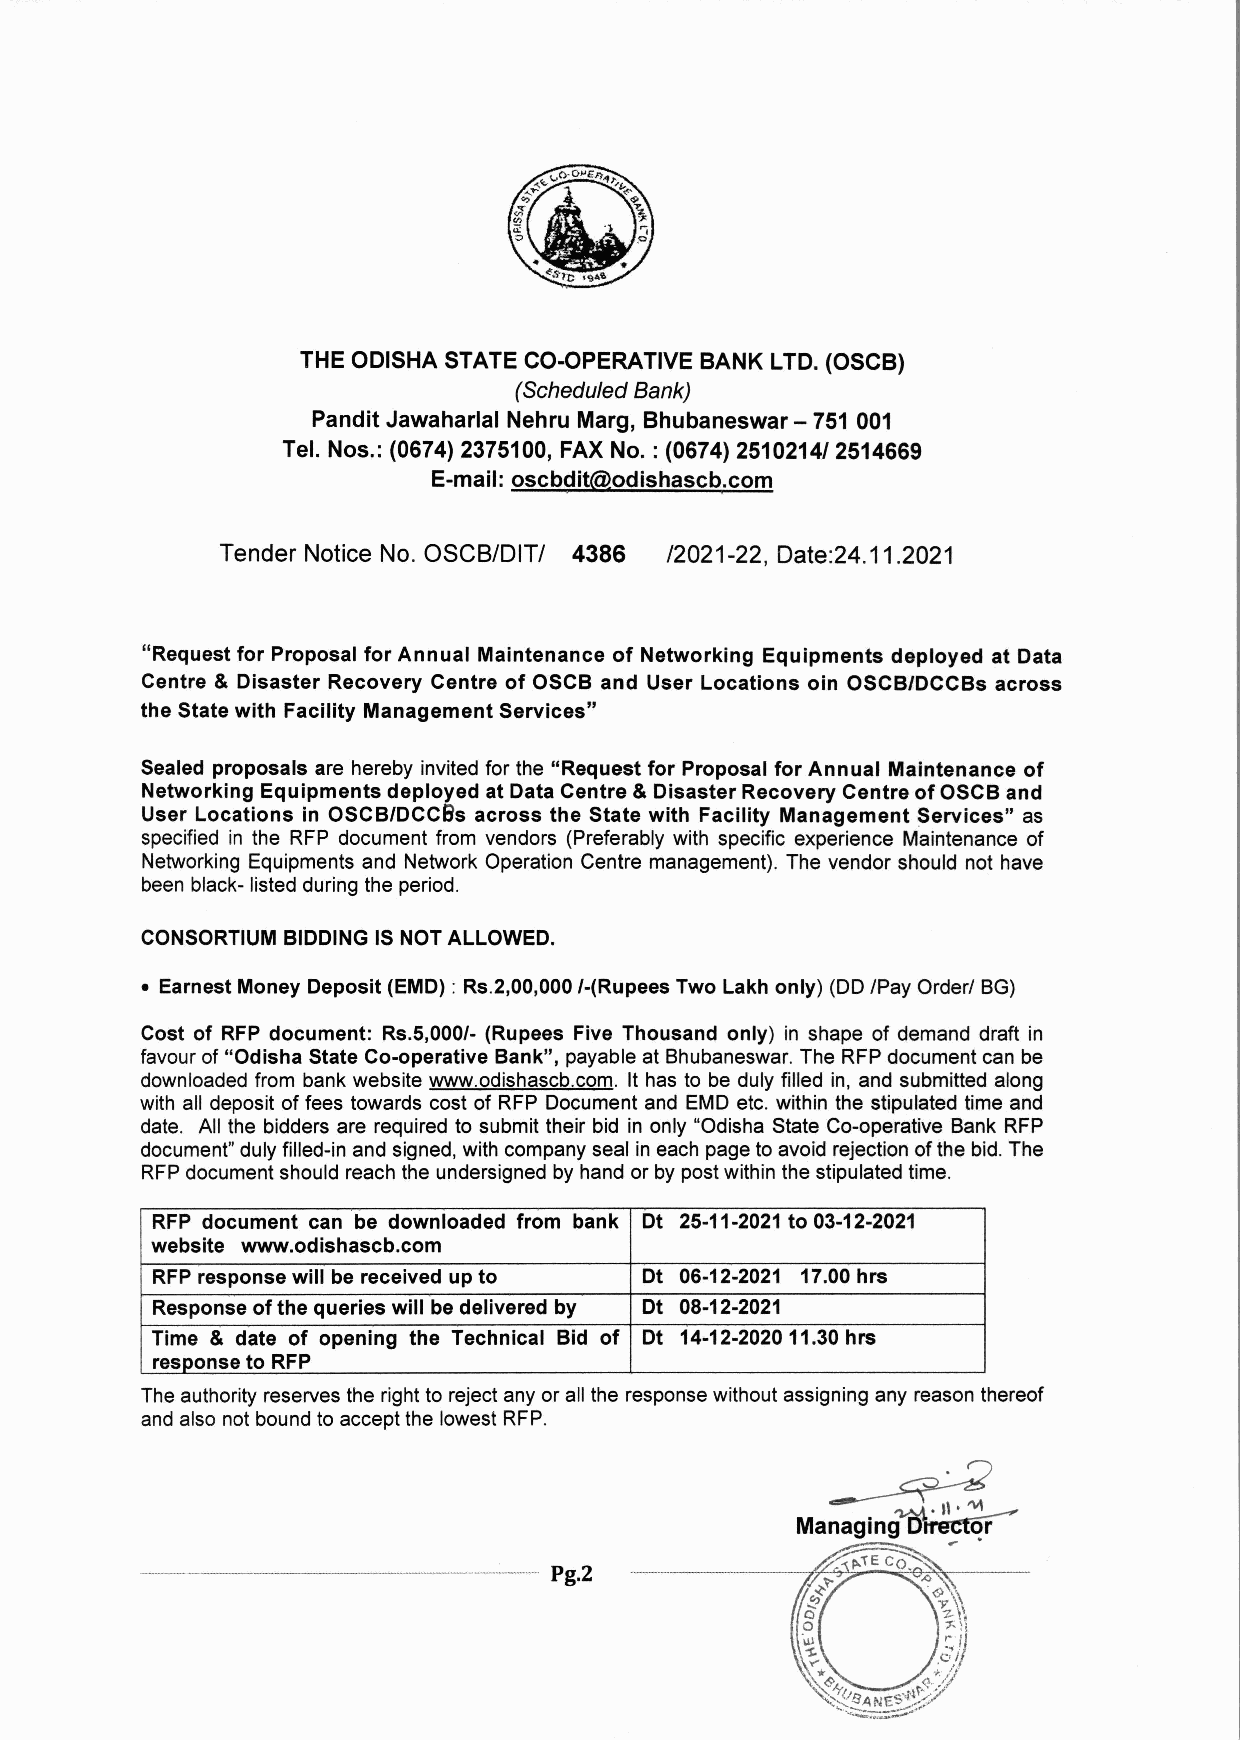
THEODISHASTATECO-OPERATIVEBANK LTD.(OSCB)
 (Scheduled Bank)
 Pandit Jawaharlal Nehru Marg, Bhubaneswar - 751001
 Tel. Nos.: (0674)2375100,FAXNo. :(0674)2510214/2514669
 E-mail: oscbdit@odishascb.com
 Tender Notice No. OSCB/OITI 4386 12021-22, Oate:24.11.2021
 "Request for Proposal for Annual Maintenance of Networking Equipments deployed at Data
 Centre & Disaster Recovery Centre of OSCB and User Locations oin OSCB/DCCBs across
 the State with Facility Management Services"
 Sealedproposals are herebyinvitedforthe "Request for Proposal for Annual Maintenance of
 Networking Equipments deployed at DataCentre & Disaster Recovery Centre of OSCB and
 User Locations in OSCB/DCcBs across the State with Facility Management Services" as
 specifiedin the RFP documentfrom vendors (Preferablywith specific experience Maintenanceof
 NetworkingEquipmentsand NetworkOperationCentremanagement).Thevendor shouldnot have
 beenblack-listedduringtheperiod.
 CONSORTIUMBIDDINGISNOTALLOWED.
 • Earnest Money Deposit (EMD):RS.2,00,000I-(Rupees Two Lakh only) (DDIPayOrderl BG)
 Cost of RFPdocument: Rs.5,000/- (Rupees Five Thousand only) in shape of demand draft in
 favourof"Odisha State Co-operative Bank", payableatBhubaneswar.TheRFPdocumentcanbe
 downloadedfrom bankwebsitewww.odishascb.com.It hasto bedulyfilled in,andsubmittedalong
 withalldepositoffeestowardscost of RFPDocumentand EMDetc.within the stipulatedtimeand
 date. All the biddersare requiredto submittheir bid inonly"OdishaStateCo-operativeBankRFP
 document"dulyfilled-inandsigned,withcompanysealineachpagetoavoidrejectionofthebid.The
 RFPdocumentshouldreachtheundersignedbyhandorbypostwithinthestipulatedtime.
 RFP document can be downloaded from bank Dt 25-11-2021to 03-12-2021
 website www.odishascb.com
 RFPresponse will be received upto Dt 06-12-2021 17.00hrs
 Response of the queries will bedelivered by Dt 08-12-2021
 Time & date of opening the Technical Bid of Dt 14-12-202011.30hrs
 response to RFP
 Theauthorityreservestherighttorejectanyoralltheresponsewithoutassigninganyreasonthereof
 andalsonotboundtoacceptthelowestRFP.